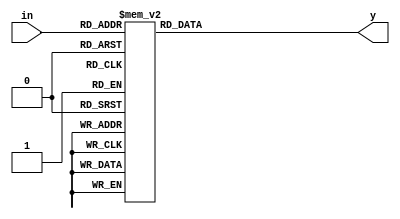
`timescale 1ns / 1ps
//////////////////////////////////////////////////////////////////////////////////
// Company: 
// Engineer: 
// 
// Design Name: 
// Module Name: seg_7
// Project Name: 
// Target Devices: 
// Tool Versions: 
// Description: 
// 
// Dependencies: 
// 
// Revision:
// Revision 0.01 - File Created
// Additional Comments:
// 
//////////////////////////////////////////////////////////////////////////////////


module seg_7(y,in);
input [3:0] in;
output reg[6:0] y;

always @(*)
begin
case(in)
0: y = 7'b1111110;
1: y = 7'b0110000;
2: y = 7'b1101101;
3: y = 7'b1111001;
4: y = 7'b0110011;
5: y = 7'b1011011;
6: y = 7'b1011111;
7: y = 7'b1110000;
8: y = 7'b1111111;
9: y = 7'b1111011;
default: y = 7'b1111111;
endcase

end
endmodule